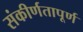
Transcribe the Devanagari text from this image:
संकीर्णतापूर्ण